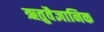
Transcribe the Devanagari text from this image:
ऋतुवैज्ञानिक